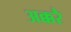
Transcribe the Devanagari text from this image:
अक्करै